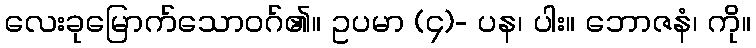
လေးခုမြောက်သောဝဂ်၏။ ဥပမာ (၄)- ပန၊ ပါး။ ဘောဇနံ၊ ကို။